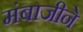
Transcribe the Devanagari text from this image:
मंबाजीने